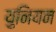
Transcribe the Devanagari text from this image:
य़ुनियन